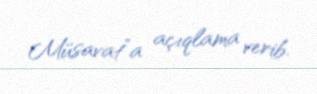
Müsavat”a açıqlama verib.